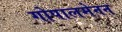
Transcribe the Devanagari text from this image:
गोपालमेनन